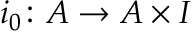
i _ { 0 } \colon A \to A \times I